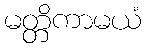
မတ္တိကာမယံ